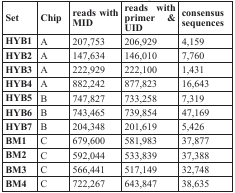
<table><thead><tr><td><b>Set</b></td><td><b>Chip</b></td><td><b>reads with MID</b></td><td><b>reads with primer &amp; UID</b></td><td><b>consensus sequences</b></td></tr></thead><tbody><tr><td><b>HYB1</b></td><td>A</td><td>207,753</td><td>206,929</td><td>4,159</td></tr><tr><td><b>HYB2</b></td><td>A</td><td>147,634</td><td>146,010</td><td>7,760</td></tr><tr><td><b>HYB3</b></td><td>A</td><td>222,929</td><td>222,100</td><td>1,431</td></tr><tr><td><b>HYB4</b></td><td>A</td><td>882,242</td><td>877,823</td><td>16,643</td></tr><tr><td><b>HYB5</b></td><td>B</td><td>747,827</td><td>733,258</td><td>7,319</td></tr><tr><td><b>HYB6</b></td><td>B</td><td>743,465</td><td>739,854</td><td>47,169</td></tr><tr><td><b>HYB7</b></td><td>B</td><td>204,348</td><td>201,619</td><td>5,426</td></tr><tr><td><b>BM1</b></td><td>C</td><td>679,600</td><td>581,983</td><td>37,877</td></tr><tr><td><b>BM2</b></td><td>C</td><td>592,044</td><td>533,839</td><td>37,388</td></tr><tr><td><b>BM3</b></td><td>C</td><td>566,441</td><td>517,149</td><td>32,748</td></tr><tr><td><b>BM4</b></td><td>C</td><td>722,267</td><td>643,847</td><td>38,635</td></tr></tbody></table>